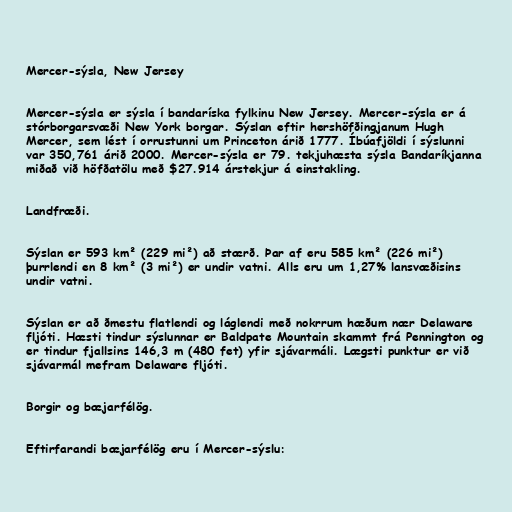
Mercer-sýsla, New Jersey

Mercer-sýsla er sýsla í bandaríska fylkinu New Jersey. Mercer-sýsla er á
stórborgarsvæði New York borgar. Sýslan eftir hershöfðingjanum Hugh
Mercer, sem lést í orrustunni um Princeton árið 1777. Íbúafjöldi í sýslunni
var 350,761 árið 2000. Mercer-sýsla er 79. tekjuhæsta sýsla Bandaríkjanna
miðað við höfðatölu með $27.914 árstekjur á einstakling.

Landfræði.

Sýslan er 593 km² (229 mi²) að stærð. Þar af eru 585 km² (226 mi²)
þurrlendi en 8 km² (3 mi²) er undir vatni. Alls eru um 1,27% lansvæðisins
undir vatni.

Sýslan er að ðmestu flatlendi og láglendi með nokrrum hæðum nær Delaware
fljóti. Hæsti tindur sýslunnar er Baldpate Mountain skammt frá Pennington og
er tindur fjallsins 146,3 m (480 fet) yfir sjávarmáli. Lægsti punktur er við
sjávarmál mefram Delaware fljóti.

Borgir og bæjarfélög.

Eftirfarandi bæjarfélög eru í Mercer-sýslu: